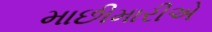
માછીમારીએ